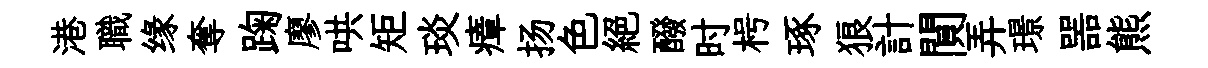
港職缘奪踘廖哄矩琰瘴扬色絶醱时枵琢狼計閴弄璟噐熊